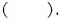
( ).